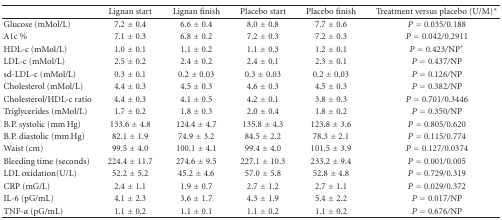
<table><thead><tr><td><b> </b></td><td><b>Lignan start</b></td><td><b>Lignan finish</b></td><td><b>Placebo start</b></td><td><b>Placebo finish</b></td><td><b>Treatment versus placebo (U/M)*</b></td></tr></thead><tbody><tr><td>Glucose (mMol/L)</td><td>7.2 ± 0.4</td><td>6.6 ± 0.4</td><td>8.0 ± 0.8</td><td>7.7 ± 0.6</td><td><i>P</i> = 0.035/0.188</td></tr><tr><td>A1c %</td><td>7.1 ± 0.3</td><td>6.8 ± 0.2</td><td>7.2 ± 0.3</td><td>7.2 ± 0.3</td><td><i>P</i> = 0.042/0.2911</td></tr><tr><td>HDL-c (mMol/L)</td><td>1.0 ± 0.1</td><td>1.1 ± 0.2</td><td>1.1 ± 0.3</td><td>1.2 ± 0.1</td><td><i>P</i> = 0.423/NP<sup>+</sup></td></tr><tr><td>LDL-c (mMol/L)</td><td>2.5 ± 0.2</td><td>2.4 ± 0.2</td><td>2.4 ± 0.1</td><td>2.3 ± 0.1</td><td><i>P</i> = 0.437/NP</td></tr><tr><td>sd-LDL-c (mMol/L)</td><td>0.3 ± 0.1</td><td>0.2 ± 0.03</td><td>0.3 ± 0.03</td><td>0.2 ± 0.03</td><td><i>P</i> = 0.126/NP</td></tr><tr><td>Cholesterol (mMol/L)</td><td>4.4 ± 0.3</td><td>4.5 ± 0.3</td><td>4.6 ± 0.3</td><td>4.5 ± 0.3</td><td><i>P</i> = 0.382/NP</td></tr><tr><td>Cholesterol/HDL-c ratio</td><td>4.4 ± 0.3</td><td>4.1 ± 0.5</td><td>4.2 ± 0.1</td><td>3.8 ± 0.3</td><td><i>P</i> = 0.701/0.3446</td></tr><tr><td>Triglycerides (mMol/L)</td><td>1.7 ± 0.2</td><td>1.8 ± 0.3</td><td>2.0 ± 0.4</td><td>1.8 ± 0.2</td><td><i>P</i> = 0.350/NP</td></tr><tr><td>B.P. systolic (mm Hg)</td><td>133.6 ± 4.8</td><td>124.4 ± 4.7</td><td>135.8 ± 4.3</td><td>123.8 ± 3.6</td><td><i>P</i> = 0.805/0.620</td></tr><tr><td>B.P. diastolic (mm Hg)</td><td>82.1 ± 1.9</td><td>74.9 ± 3.2</td><td>84.5 ± 2.2</td><td>78.3 ± 2.1</td><td><i>P</i> = 0.115/0.774</td></tr><tr><td>Waist (cm)</td><td>99.5 ± 4.0</td><td>100.1 ± 4.1</td><td>99.4 ± 4.0</td><td>101.5 ± 3.9</td><td><i>P</i> = 0.127/0.0374</td></tr><tr><td>Bleeding time (seconds)</td><td>224.4 ± 11.7</td><td>274.6 ± 9.5</td><td>227.1 ± 10.3</td><td>233.2 ± 9.4</td><td><i>P</i> = 0.001/0.005</td></tr><tr><td>LDL oxidation(U/L)</td><td>52.2 ± 5.2</td><td>45.2 ± 4.6</td><td>57.0 ± 5.8</td><td>52.8 ± 4.8</td><td><i>P</i> = 0.729/0.319</td></tr><tr><td>CRP (mG/L)</td><td>2.4 ± 1.1</td><td>1.9 ± 0.7</td><td>2.7 ± 1.2</td><td>2.7 ± 1.1</td><td><i>P</i> = 0.029/0.372</td></tr><tr><td>IL-6 (pG/mL)</td><td>4.1 ± 2.3</td><td>3.6 ± 1.7</td><td>4.3 ± 1.9</td><td>5.4 ± 2.2</td><td><i>P</i> = 0.017/NP</td></tr><tr><td>TNF-<i>α</i> (pG/mL)</td><td>1.1 ± 0.2</td><td>1.1 ± 0.1</td><td>1.1 ± 0.2</td><td>1.1 ± 0.2</td><td><i>P</i> = 0.676/NP</td></tr></tbody></table>